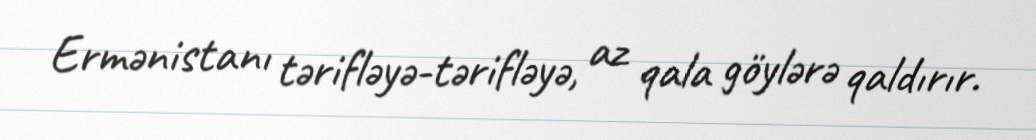
Ermənistanı tərifləyə-tərifləyə, az qala göylərə qaldırır.